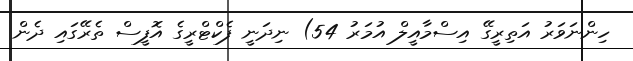
ހިންނަވަރު އަތިރީގޭ އިސްމާއީލް އުމަރު 54) ނިދަނީ ފެކްޓްރީގެ އޮފީސް ތެރޭގައި ދެން